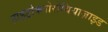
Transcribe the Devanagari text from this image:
हाइड्रोक्लोरोथियाज़ाइड